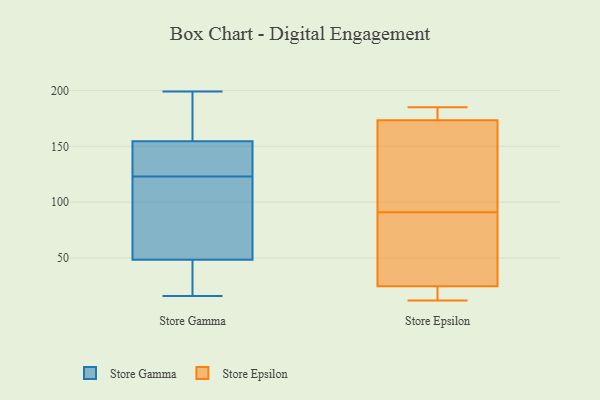
{"axis": {"x": "Satisfaction Score", "y": "Value"}, "legend": ["Store Epsilon", "Store Gamma"], "data": [{"x": "", "y": 140, "type": "Store Gamma"}, {"x": "", "y": 80, "type": "Store Gamma"}, {"x": "", "y": 117, "type": "Store Gamma"}, {"x": "", "y": 191, "type": "Store Gamma"}, {"x": "", "y": 155, "type": "Store Gamma"}, {"x": "", "y": 199, "type": "Store Gamma"}, {"x": "", "y": 19, "type": "Store Gamma"}, {"x": "", "y": 38, "type": "Store Gamma"}, {"x": "", "y": 108, "type": "Store Gamma"}, {"x": "", "y": 38, "type": "Store Gamma"}, {"x": "", "y": 66, "type": "Store Gamma"}, {"x": "", "y": 129, "type": "Store Gamma"}, {"x": "", "y": 16, "type": "Store Gamma"}, {"x": "", "y": 154, "type": "Store Gamma"}, {"x": "", "y": 181, "type": "Store Gamma"}, {"x": "", "y": 55, "type": "Store Gamma"}, {"x": "", "y": 144, "type": "Store Gamma"}, {"x": "", "y": 171, "type": "Store Gamma"}, {"x": "", "y": 132, "type": "Store Gamma"}, {"x": "", "y": 42, "type": "Store Gamma"}, {"x": "", "y": 168, "type": "Store Epsilon"}, {"x": "", "y": 183, "type": "Store Epsilon"}, {"x": "", "y": 139, "type": "Store Epsilon"}, {"x": "", "y": 91, "type": "Store Epsilon"}, {"x": "", "y": 185, "type": "Store Epsilon"}, {"x": "", "y": 18, "type": "Store Epsilon"}, {"x": "", "y": 33, "type": "Store Epsilon"}, {"x": "", "y": 175, "type": "Store Epsilon"}, {"x": "", "y": 22, "type": "Store Epsilon"}, {"x": "", "y": 12, "type": "Store Epsilon"}, {"x": "", "y": 85, "type": "Store Epsilon"}]}